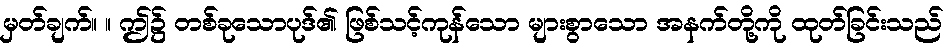
မှတ်ချက်။ ။ ဤ၌ တစ်ခုသောပုဒ်၏ ဖြစ်သင့်ကုန်သော များစွာသော အနက်တို့ကို ထုတ်ခြင်းသည်